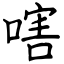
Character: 嗐